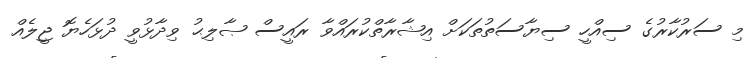
މި ސަރުކާރުގެ ސިއްހީ ސިޔާސަތުތަކަށް އިޝާރާތްކުރައްވާ ރައީސް ޞާލިޙު ވިދާޅުވީ ދުޅަހެޔޮ ޖީލެއް